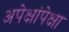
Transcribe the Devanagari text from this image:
अपेक्षांपेक्षा